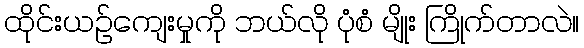
ထိုင်းယဉ်ကျေးမှုကို ဘယ်လို ပုံစံ မျိုး ကြိုက်တာလဲ။